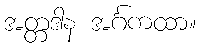
အတ္တဒါန အင်္ဂကထာ။